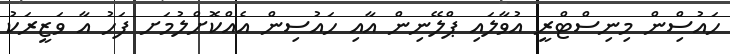
ހައުސްިން މިިނިސްޓްރީ އުވާލައި ޕްލޭނިން އާއި ހައުސިން އެއްކޮށްލުމަށ ފަހު އާ ވަޒީރަކު